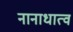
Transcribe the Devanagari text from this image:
नानाधात्व